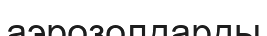
аэрозолдарды